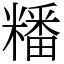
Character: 䊩